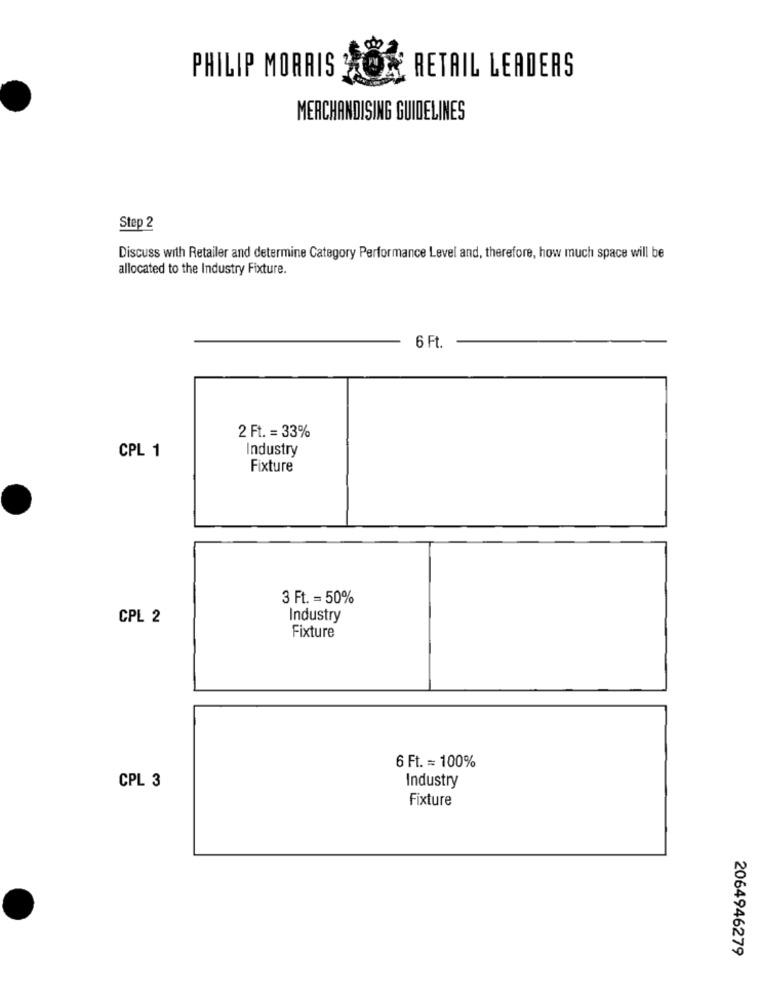
PHILIP MORRIS
RETAIL LEADERS
MERCHANDISING GUIDELINES
Step 2
Discuss with Retailer and determine Category Performance Level and, therefore, how much space will be
allocated to the Industry Fixture.
6 Ft.
2 Ft. = 33%
Industry
CPL 1
Fixture
3 Ft. = 50%
CPL 2
Industry
Fixture
6 Ft. = 100%
Industry
CPL 3
Fixture
2064946279